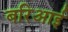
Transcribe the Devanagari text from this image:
बरिआई